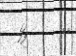
١٦       ފަހެ